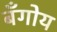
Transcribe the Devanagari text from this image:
बँगोय